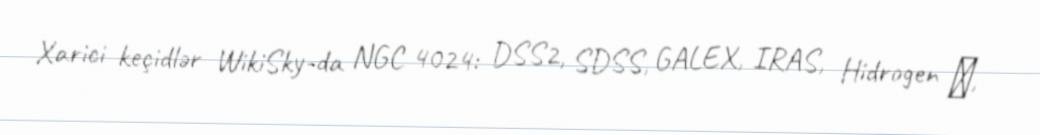
Xarici keçidlər WikiSky-da NGC 4024: DSS2, SDSS, GALEX, IRAS, Hidrogen α,